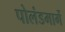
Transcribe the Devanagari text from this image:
पोलंडमार्गे